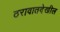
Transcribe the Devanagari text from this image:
ठरावातदेखील